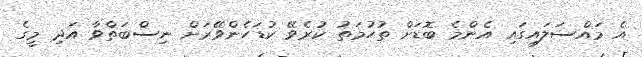
އެ މައްސަލައިގައި އެންމެ ބޮޑަށް ތުހުމަތު ކުރެވޭ ކުޑަހެންވޭރަށް ނިސްބަތްވާ އަދި މީގެ